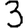
Digit: 3